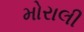
મોરાલી